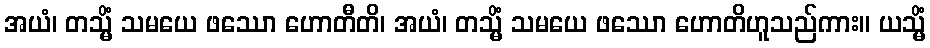
အယံ၊ တသ္မိံ သမယေ ဖဿော ဟောတီတိ၊ အယံ၊ တသ္မိံ သမယေ ဖဿော ဟောတိဟူသည်ကား။ ယသ္မိံ